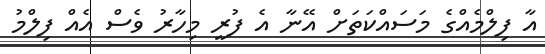
އާ ފިލްމެއްގެ މަސައްކަތަށް އޭނާ އެ ފުރީ މިހާރު ވެސް އެއް ފިލްމު